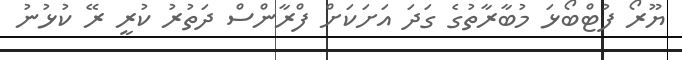
ޔޫރޯ ފުޓްބޯޅަ މުބާރާތުގެ ގަދަ އަށަކަށް ފްރާންސް ދަތުރު ކުރީ ރޭ ކުޅުނު